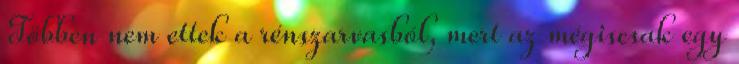
Többen nem ettek a rénszarvasból, mert az mégiscsak egy